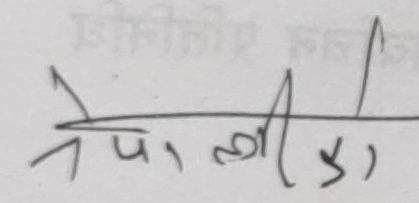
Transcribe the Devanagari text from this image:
नेपाली श्री